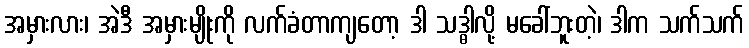
အမှားလား၊ အဲဒီ အမှားမျိုးကို လက်ခံတာကျတော့ ဒါ သဒ္ဓါလို့ မခေါ်ဘူးတဲ့၊ ဒါက သက်သက်